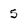
Character: 5